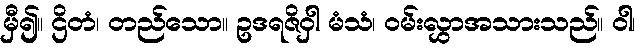
မှီ၍။ ဌိတံ၊ တည်သော။ ဥဒရဇိဝှါ မံသံ၊ ဝမ်းလွှာအသားသည်။ ဝါ၊